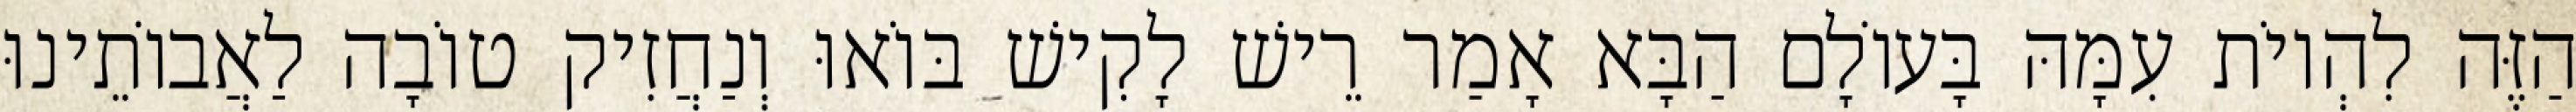
הַזֶּה לִהְיוֹת עִמָּהּ בָּעוֹלָם הַבָּא אָמַר רֵישׁ לָקִישׁ בּוֹאוּ וְנַחֲזִיק טוֹבָה לַאֲבוֹתֵינוּ